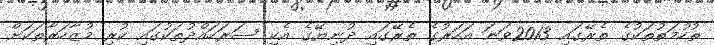
ތުހުމަތުތަކުގެ ތެރޭގައި 2013ވަނަ އަހަރުގެ ތެރޭގައި ދުނިޔޭގެ އެކި ސަރަހައްދުތަކުގައި ކުރި މުޒާހަރާތަކަށް